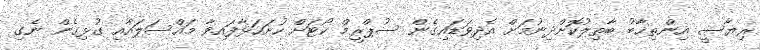
ރިޔާސީ އިންތިޚާބު ބާތިލުކޮށްދިނުމަށް އެދިވަޑައިގެން ސުޕްރީމް ކޯޓަށް ހުށަހަޅާފައިވާ މައްސަލައާއި ގުޅިގެން ނެގި